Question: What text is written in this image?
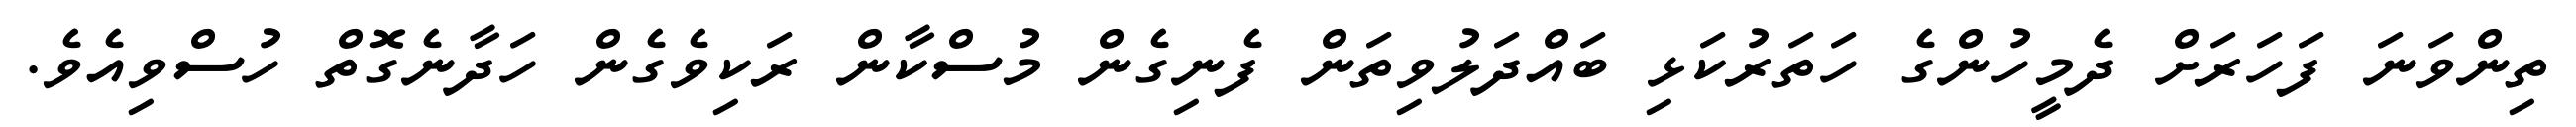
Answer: ތިންވަނަ ފަހަރަށް ދެމީހުންގެ ހަތަރުކަޅި ބައްދަލުވިތަން ފެނިގެން މުސްކާން ރަކިވެގެން ހަދާނެގޮތް ހުސްވިއެވެ.